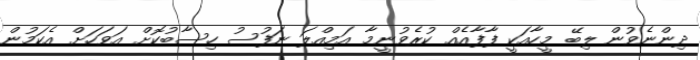
ދިންނެވުން ލިބޭ މީހާއަކީ ފާފާއެއް ކުރެވުނީމާ އަމިއްލަ ނަފުސު ހިސާބުކޮށް އަވަހަށް އެކަމުން